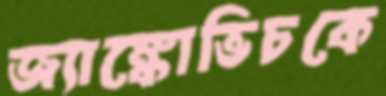
জ্যাঙ্কোভিচকে